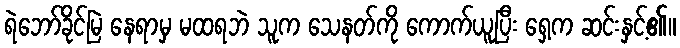
ရဲဘော်ခိုင်မြဲ နေရာမှ မထရဘဲ သူက သေနတ်ကို ကောက်ယူပြီး ရှေ့က ဆင်းနှင့်၏။